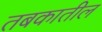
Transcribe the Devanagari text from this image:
तबकातील